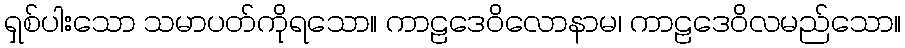
ရှစ်ပါးသော သမာပတ်ကိုရသော။ ကာဠဒေဝိလောနာမ၊ ကာဠဒေဝိလမည်သော။